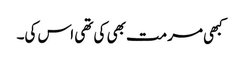
کبھی مرمت بھی کی تھی اس کی۔